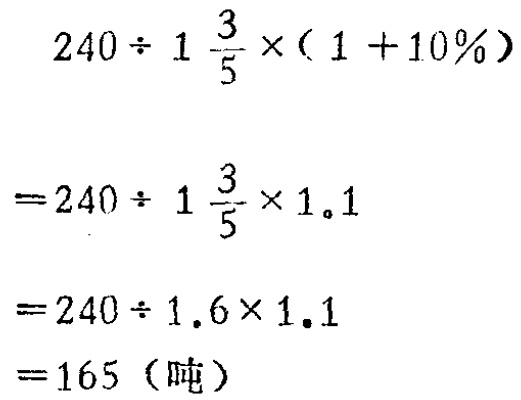
\[

\begin{align*}

&240\div1\frac{3}{5}\times(1 + 10\%)\\

=&240\div1\frac{3}{5}\times1.1\\

=&240\div1.6\times1.1\\

=&165 \text{（吨）}

\end{align*}

\]